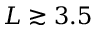
L \gtrsim 3 . 5